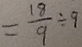
= \frac { 1 8 } { 9 } \div 9